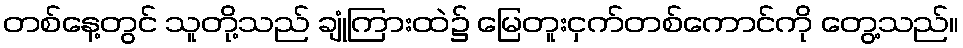
တစ်နေ့တွင် သူတို့သည် ချုံကြားထဲ၌ မြေတူးငှက်တစ်ကောင်ကို တွေ့သည်။